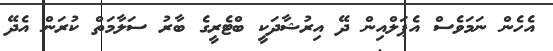
އެހެން ނަމަވެސް އެޕަލްއިން ދޭ އިރުޝާދަކީ ބްޓެރީގެ ބާރު ސަލާމަތް ކުރަން އެދޭ